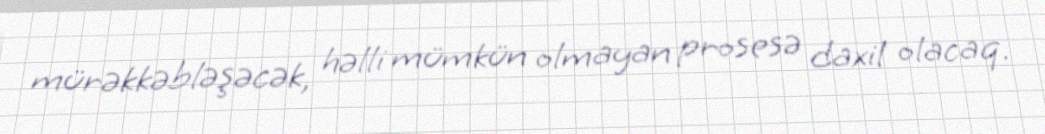
mürəkkəbləşəcək, həlli mümkün olmayan prosesə daxil olacaq.